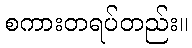
စကားတရပ်တည်း။